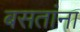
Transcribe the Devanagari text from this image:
बसतांना